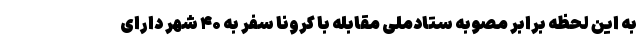
به این لحظه برابر مصوبه ستادملی مقابله با کرونا سفر به ۴۰ شهر دارای